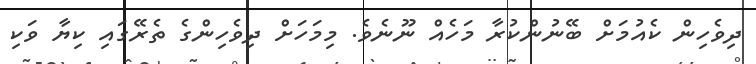
ދިވެހިން ކެއުމަށް ބޭނުންކުރާ މަހެއް ނޫނެވެ. މިމަހަށް ދިވެހިންގެ ތެރޭގައި ކިޔާ ވަކި